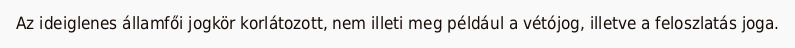
Az ideiglenes államfői jogkör korlátozott, nem illeti meg például a vétójog, illetve a feloszlatás joga.